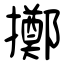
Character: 擲